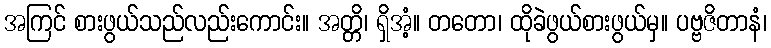
အကြင် စားဖွယ်သည်လည်းကောင်း။ အတ္တိ၊ ရှိအံ့။ တတော၊ ထိုခဲဖွယ်စားဖွယ်မှ။ ပဗ္ဗဇိတာနံ၊